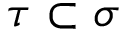
\tau \subset \sigma